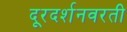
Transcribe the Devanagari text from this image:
दूरदर्शनवरती